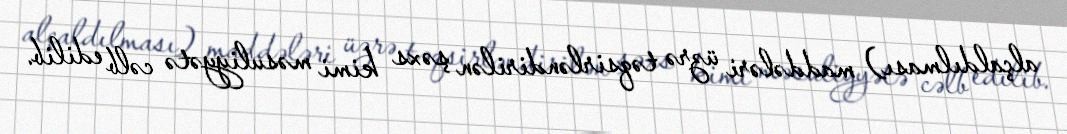
alçaldılması) maddələri üzrə təqsirləndirilən şəxs kimi məsuliyyətə cəlb edilib.